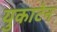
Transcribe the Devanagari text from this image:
युकाटेन